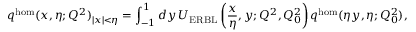
q ^ { \mathrm { h o m } } ( x , \eta ; Q ^ { 2 } ) _ { | x | < \eta } = \int _ { - 1 } ^ { 1 } d y \, U _ { \mathrm { E R B L } } \left( \frac { x } { \eta } , y ; Q ^ { 2 } , Q _ { 0 } ^ { 2 } \right) q ^ { \mathrm { h o m } } ( \eta y , \eta ; Q _ { 0 } ^ { 2 } ) ,